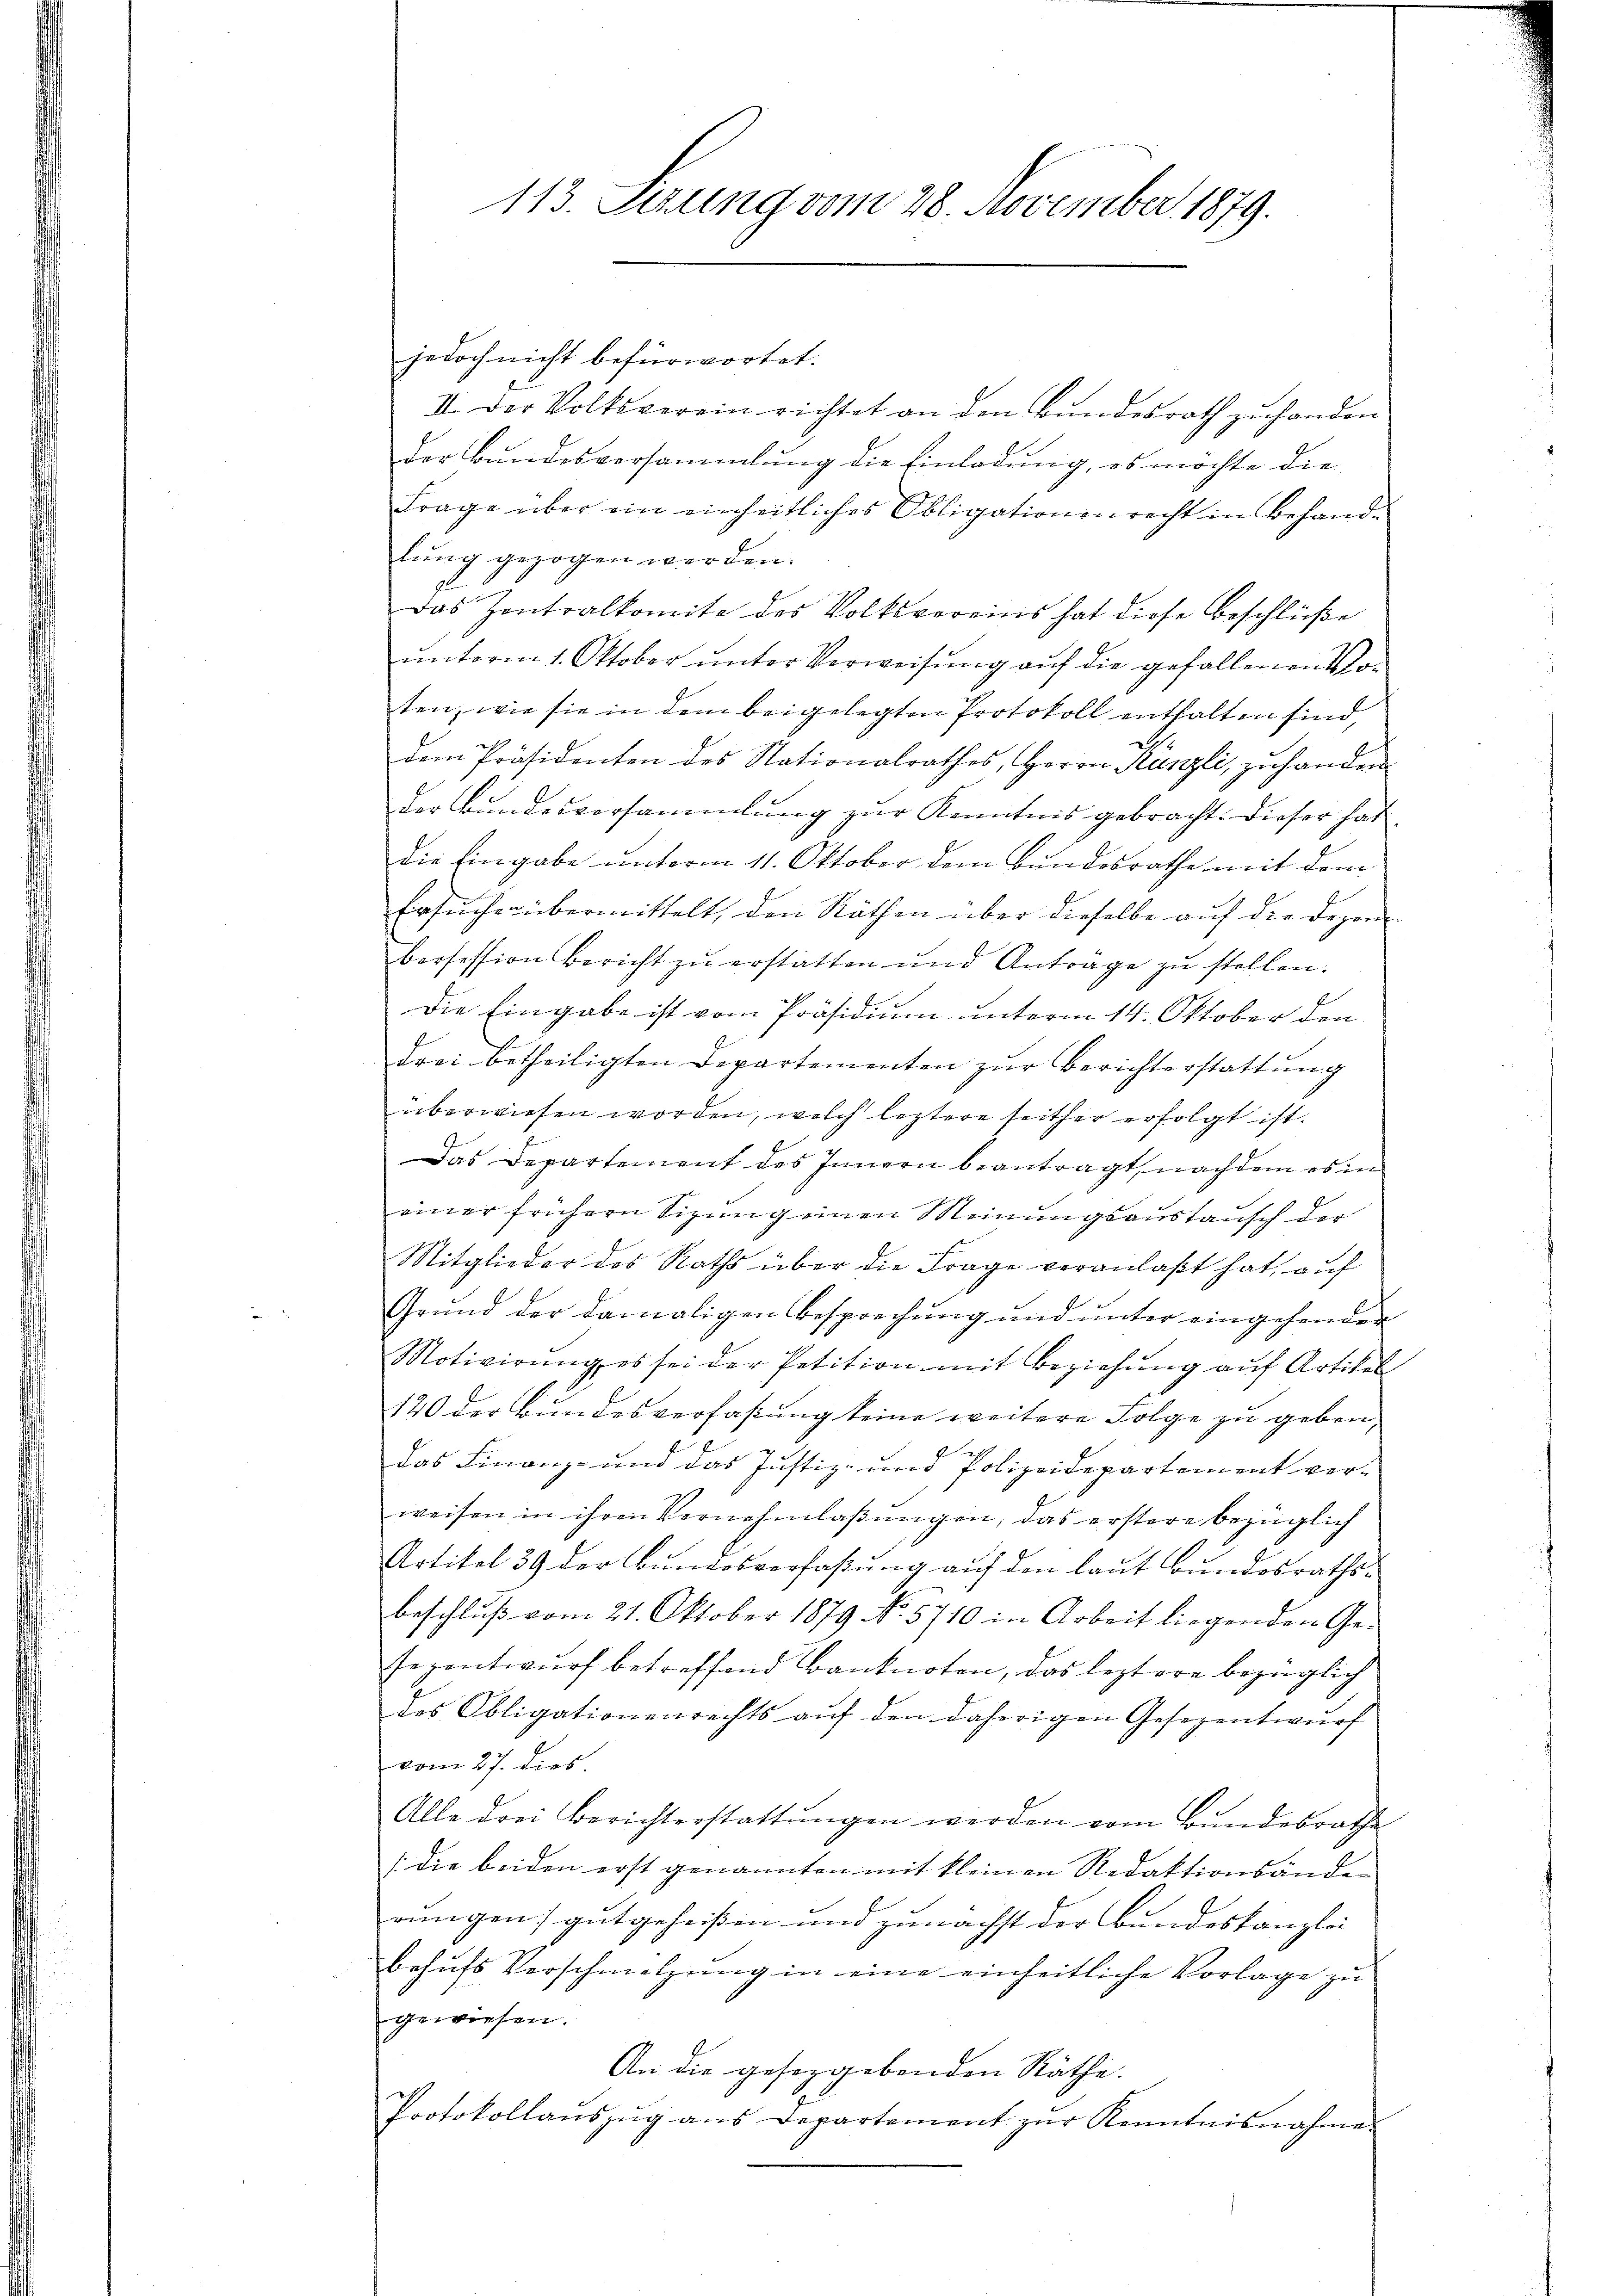
jedoch nicht befürwortet.
III. Der Volksverein richtet an den Bundesrath zu handen
der Bundesversammlung die Einladung, es möchte die
Frage über ein einheitliches Obligationen recht in Behandlung gezogen werden.
Das Zentralkomite des Volksvereins hat diese Beschlüße
unterm 1. Oktober unter Verweisung auf die gefallenen Vor
ten, wie sie in dem beigelegten Protokoll enthalten sind,
dem Präsidenten des Stationalrathes, Herrn Künzli, zu handen
Der Bundesvorsammlung zur Kenntnis gebracht: Dieser hat
die Eingabe unterm 11. Oktober dem Bundesrathe mit dem
Ersuchen übermittelt, den Räthen über dieselbe auf die Depon
brofession Bericht zu erstatten und Anträge zu stellen.
Die Eingabe ist vom Präsidium unterm 14. Oktober den
drei betheiligten Departementen zŭr Berichterstattung
überwiesen worden, welch leztere seither erfolgt ist.
Das Departement des Innern beantragt, nachdem es in
einer frühern Sizung einen Meinungsaustausch der
Mitglieder des Raths über die Frage veranlaßt hat, auf
Grŭnd der damaligen Besprechŭng und ŭnter eingehender
Motivirung es sei der Petition mit Beziehung auf Artikel
120 der Bundesverfaßung keine weitere Folge zu geben,
das Finanz- und das Justiz- und Polizeidepartement verweisen in ihren Vernehmlassungen, das erstere bezüglich
Artikel 39 der Bundesverfaßung auf den laut Bundesrathsbeschluß vom 21. Oktober 1879 No 5710 in Arbeit liegenden Gesezentwurf betreffend Banknoten, das leztere bezüglich
des Obligationenrechts aŭf den daherigen Gesezentwŭrf
vom 27. dies.
Alle drei Berichterstattŭngen werden vom Bundesrathe
(die beiden erst genannten mit kleinen Redaktionsänder
rungen) gutgeheißen und zunächst der Bundeskanzlei
behŭfs Verschmelzung in eine einheitliche Vorlage zu
gewiesen.
An die gesetzgebenden Räthe.
Protokollaŭszŭg ans Departement zŭr Kenntnisnahme

113. Sezung vom 28. November 1879.